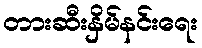
တားဆီးနှိမ်နင်းရေး